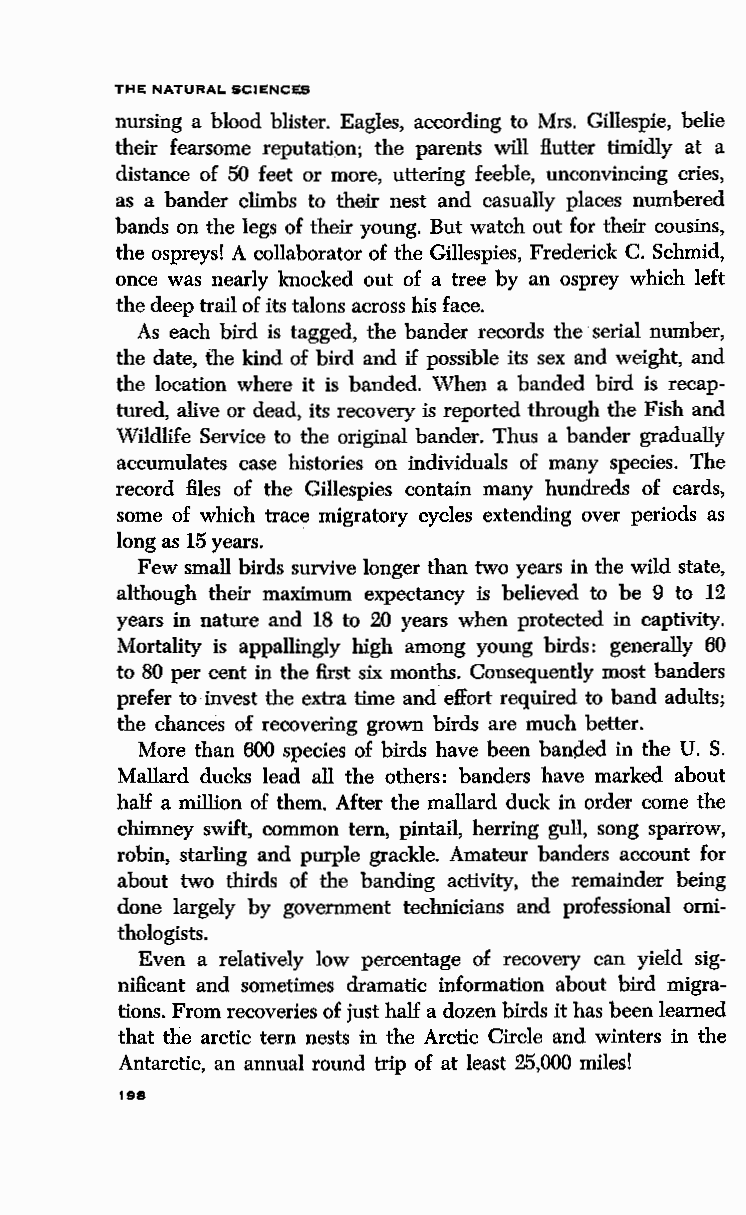
THE NATURAL SCIENCES
 nursing a blood blister. Eagles, according to Mrs. Gillespie, belie
 their fearsome reputation; the parents will flutter timidly at a
 distance of 50 feet or more, uttering feeble, unconvincing cries,
 as a bander climbs to their nest and casually places numbered
 bands on the legs of their young. But watch out for their cousins,
 the ospreys! A collaborator of the Gillespies, Frederick C. Schmid,
 once was nearly knocked out of a tree by an osprey which left
 the deep trail of its talons across his face.
 As each bird is tagged, the bander records the serial number,
 the date, fue kind of bird and if possible its sex and weight, and
 the location where it is banded. When a banded bird is recap
 tured, alive or dead, its recovery is reported through the Fish and
 Wildlife Service to the original bander. Thus a bander gradually
 accumulates case histories on individuals of many species. The
 record files of the Gillespies contain many hundreds of cards,
 some of which trace migratory cycles extending over periods as
 long as 15 years.
 Few small birds survive longer than two years in the wild state,
 although their maximum expectancy is believed to be 9 to 12
 years in nature and 18 to 20 years when protected in captivity.
 Mortality is appallingly high among young birds: generally 60
 to 80 per cent in the :first six months. Consequently most banders
 prefer to invest the extra time and effort required to band adults;
 the chances of recovering grown birds are much better.
 More than 600 species of birds have been ban~ed in the U. S.
 Mallard ducks lead all the others: banders have marked about
 half a million of them. After the mallard duck in order come the
 chimney swift, common tern, pintail, herring gull, song sparrow,
 robin, starling and purple grackle. Amateur banders account for
 about two thirds of the banding activity, the remainder being
 done largely by government technicians and professional orni
 thologists.
 Even a relatively low percentage of recovery can yield sig
 nificant and sometimes dramatic information about bird migra
 tions. From recoveries of just half a dozen birds it has been learned
 that the arctic tern nests in the Arctic Circle and winters in the
 Antarctic, an annual round trip of at least 25,000 miles!
 t98